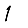
Digit: 1